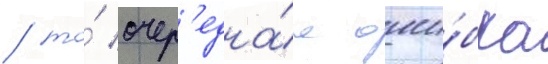
/ то́ очер'една́я оши́бка